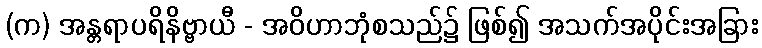
(က) အန္တရာပရိနိဗ္ဗာယီ - အဝိဟာဘုံစသည်၌ ဖြစ်၍ အသက်အပိုင်းအခြား